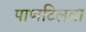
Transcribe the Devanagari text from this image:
पाणटिलवा